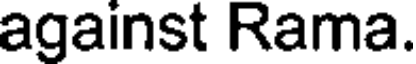
against Rama.